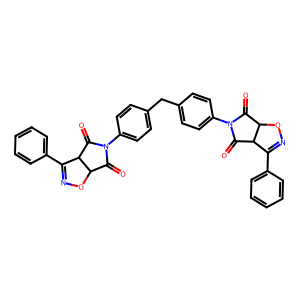
SMILES: O=C1C2ON=C(c3ccccc3)C2C(=O)N1c1ccc(Cc2ccc(N3C(=O)C4ON=C(c5ccccc5)C4C3=O)cc2)cc1
Inhibits HIV replication: No